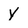
Character: y